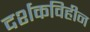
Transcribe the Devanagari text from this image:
दर्शकविहीन